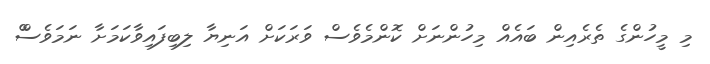
މި މީހުންގެ ތެރެއިން ބައެއް މިހުންނަށް ކޮންމެވެސް ވަރަކަށް އަނިޔާ ލިބިފައިވާކަމަށާ ނަމަވެސްް